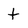
Character: t